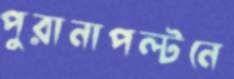
পুরানাপল্টনে